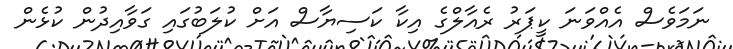
ނަމަވެސް އެއްވަނަ ކީޕަރު ރެއާލްގެ އިކާ ކަސިޔާސް އަށް ކުލަބުގައި ގަވާއިދުން ކުޅެން